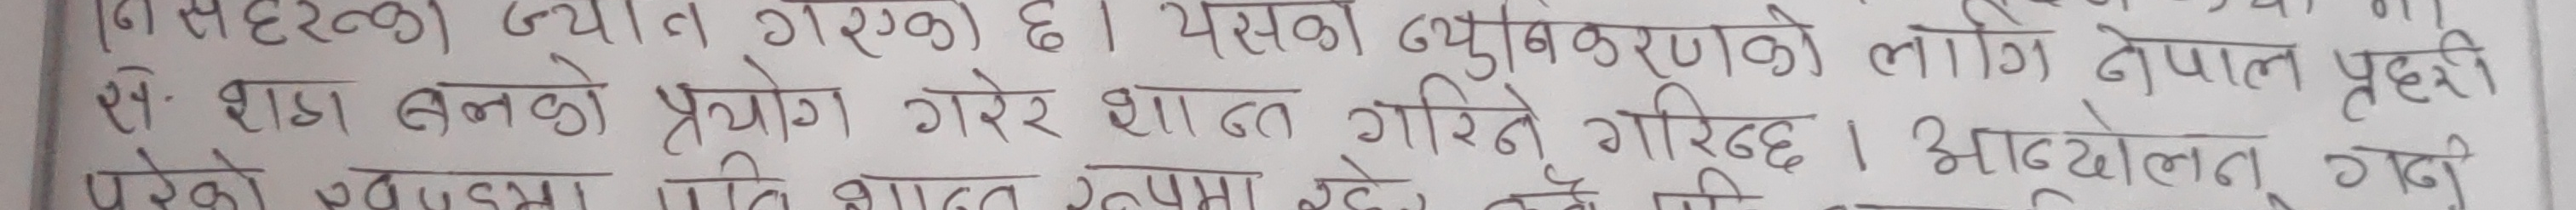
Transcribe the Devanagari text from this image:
नसहटलेको ज्यान गरेको छ । यसको ब्यवस्थितिकरणको लागि नेपाल प्रहरी
स-शाढा बलको प्रयोग गरेर शान्त गरिने गरिन्छ । आन्दोलन गर्नु
परेको अवस्था प्रति शाढा रुममा रहेछ तब तिनीहरू